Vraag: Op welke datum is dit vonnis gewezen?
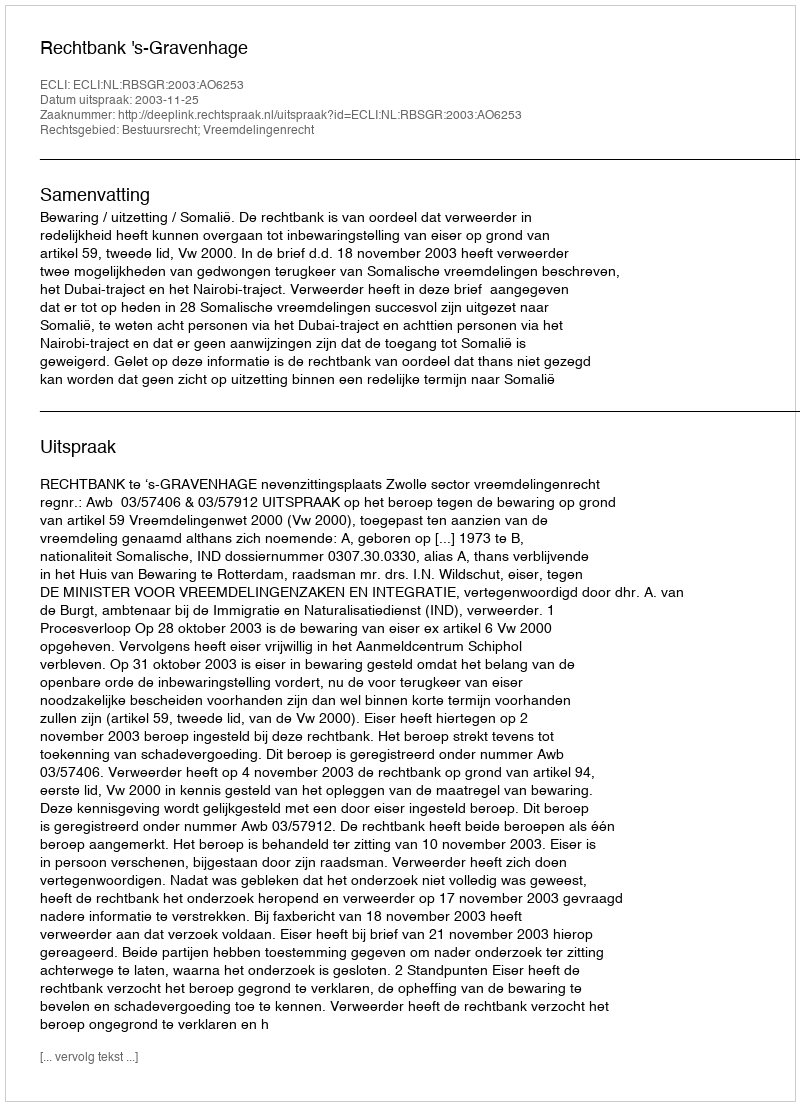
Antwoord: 2003-11-25